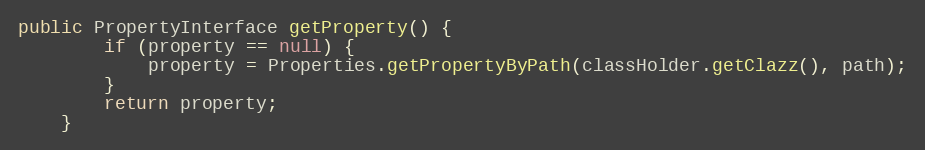
Language: Java
public PropertyInterface getProperty() {
		if (property == null) {
			property = Properties.getPropertyByPath(classHolder.getClazz(), path);
		}
		return property;
	}